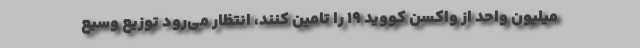
میلیون واحد از واکسن کووید ۱۹ را تامین کنند، انتظار می‌رود توزیع وسیع